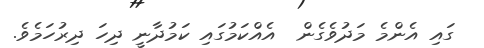
ގައި އެންމެ މަދުވެގެން  އެއްކަމުގައި ކަމުދާނީ ދިހަ ދިރުހަމެވެ.